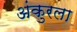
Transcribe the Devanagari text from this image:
अंकुरला